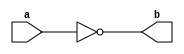
`timescale 1ns / 1ps
//////////////////////////////////////////////////////////////////////////////////
// Company: 
// Engineer: 
// 
// Design Name: 
// Module Name:    feimen 
// Project Name: 
// Target Devices: 
// Tool versions: 
// Description: 
//
// Dependencies: 
//
// Revision: 
// Revision 0.01 - File Created
// Additional Comments: 
//
//////////////////////////////////////////////////////////////////////////////////
module feimen(
    input a,
    output b
    );
	 assign b = !a;


endmodule